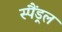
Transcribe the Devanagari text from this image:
स्पैंड्रल